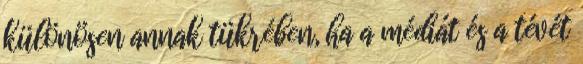
különösen annak tükrében, ha a médiát és a tévét